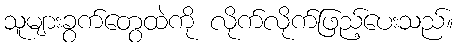
သူများခွက်တွေထဲကို လိုက်လိုက်ဖြည့်ပေးသည်။